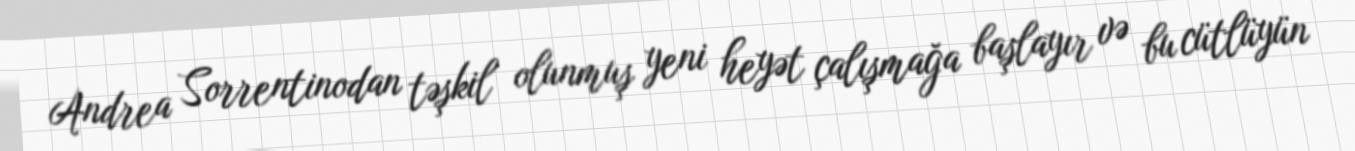
Andrea Sorrentinodan təşkil olunmuş yeni heyət çalışmağa başlayır və bu cütlüyün